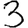
Digit: 3